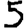
Digit: 5